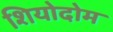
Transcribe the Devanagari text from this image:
शियोदोम